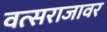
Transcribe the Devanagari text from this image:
वत्सराजावर